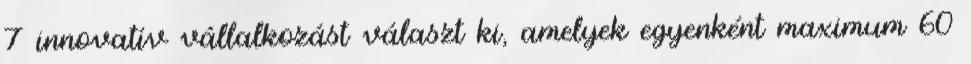
7 innovatív vállalkozást választ ki, amelyek egyenként maximum 60